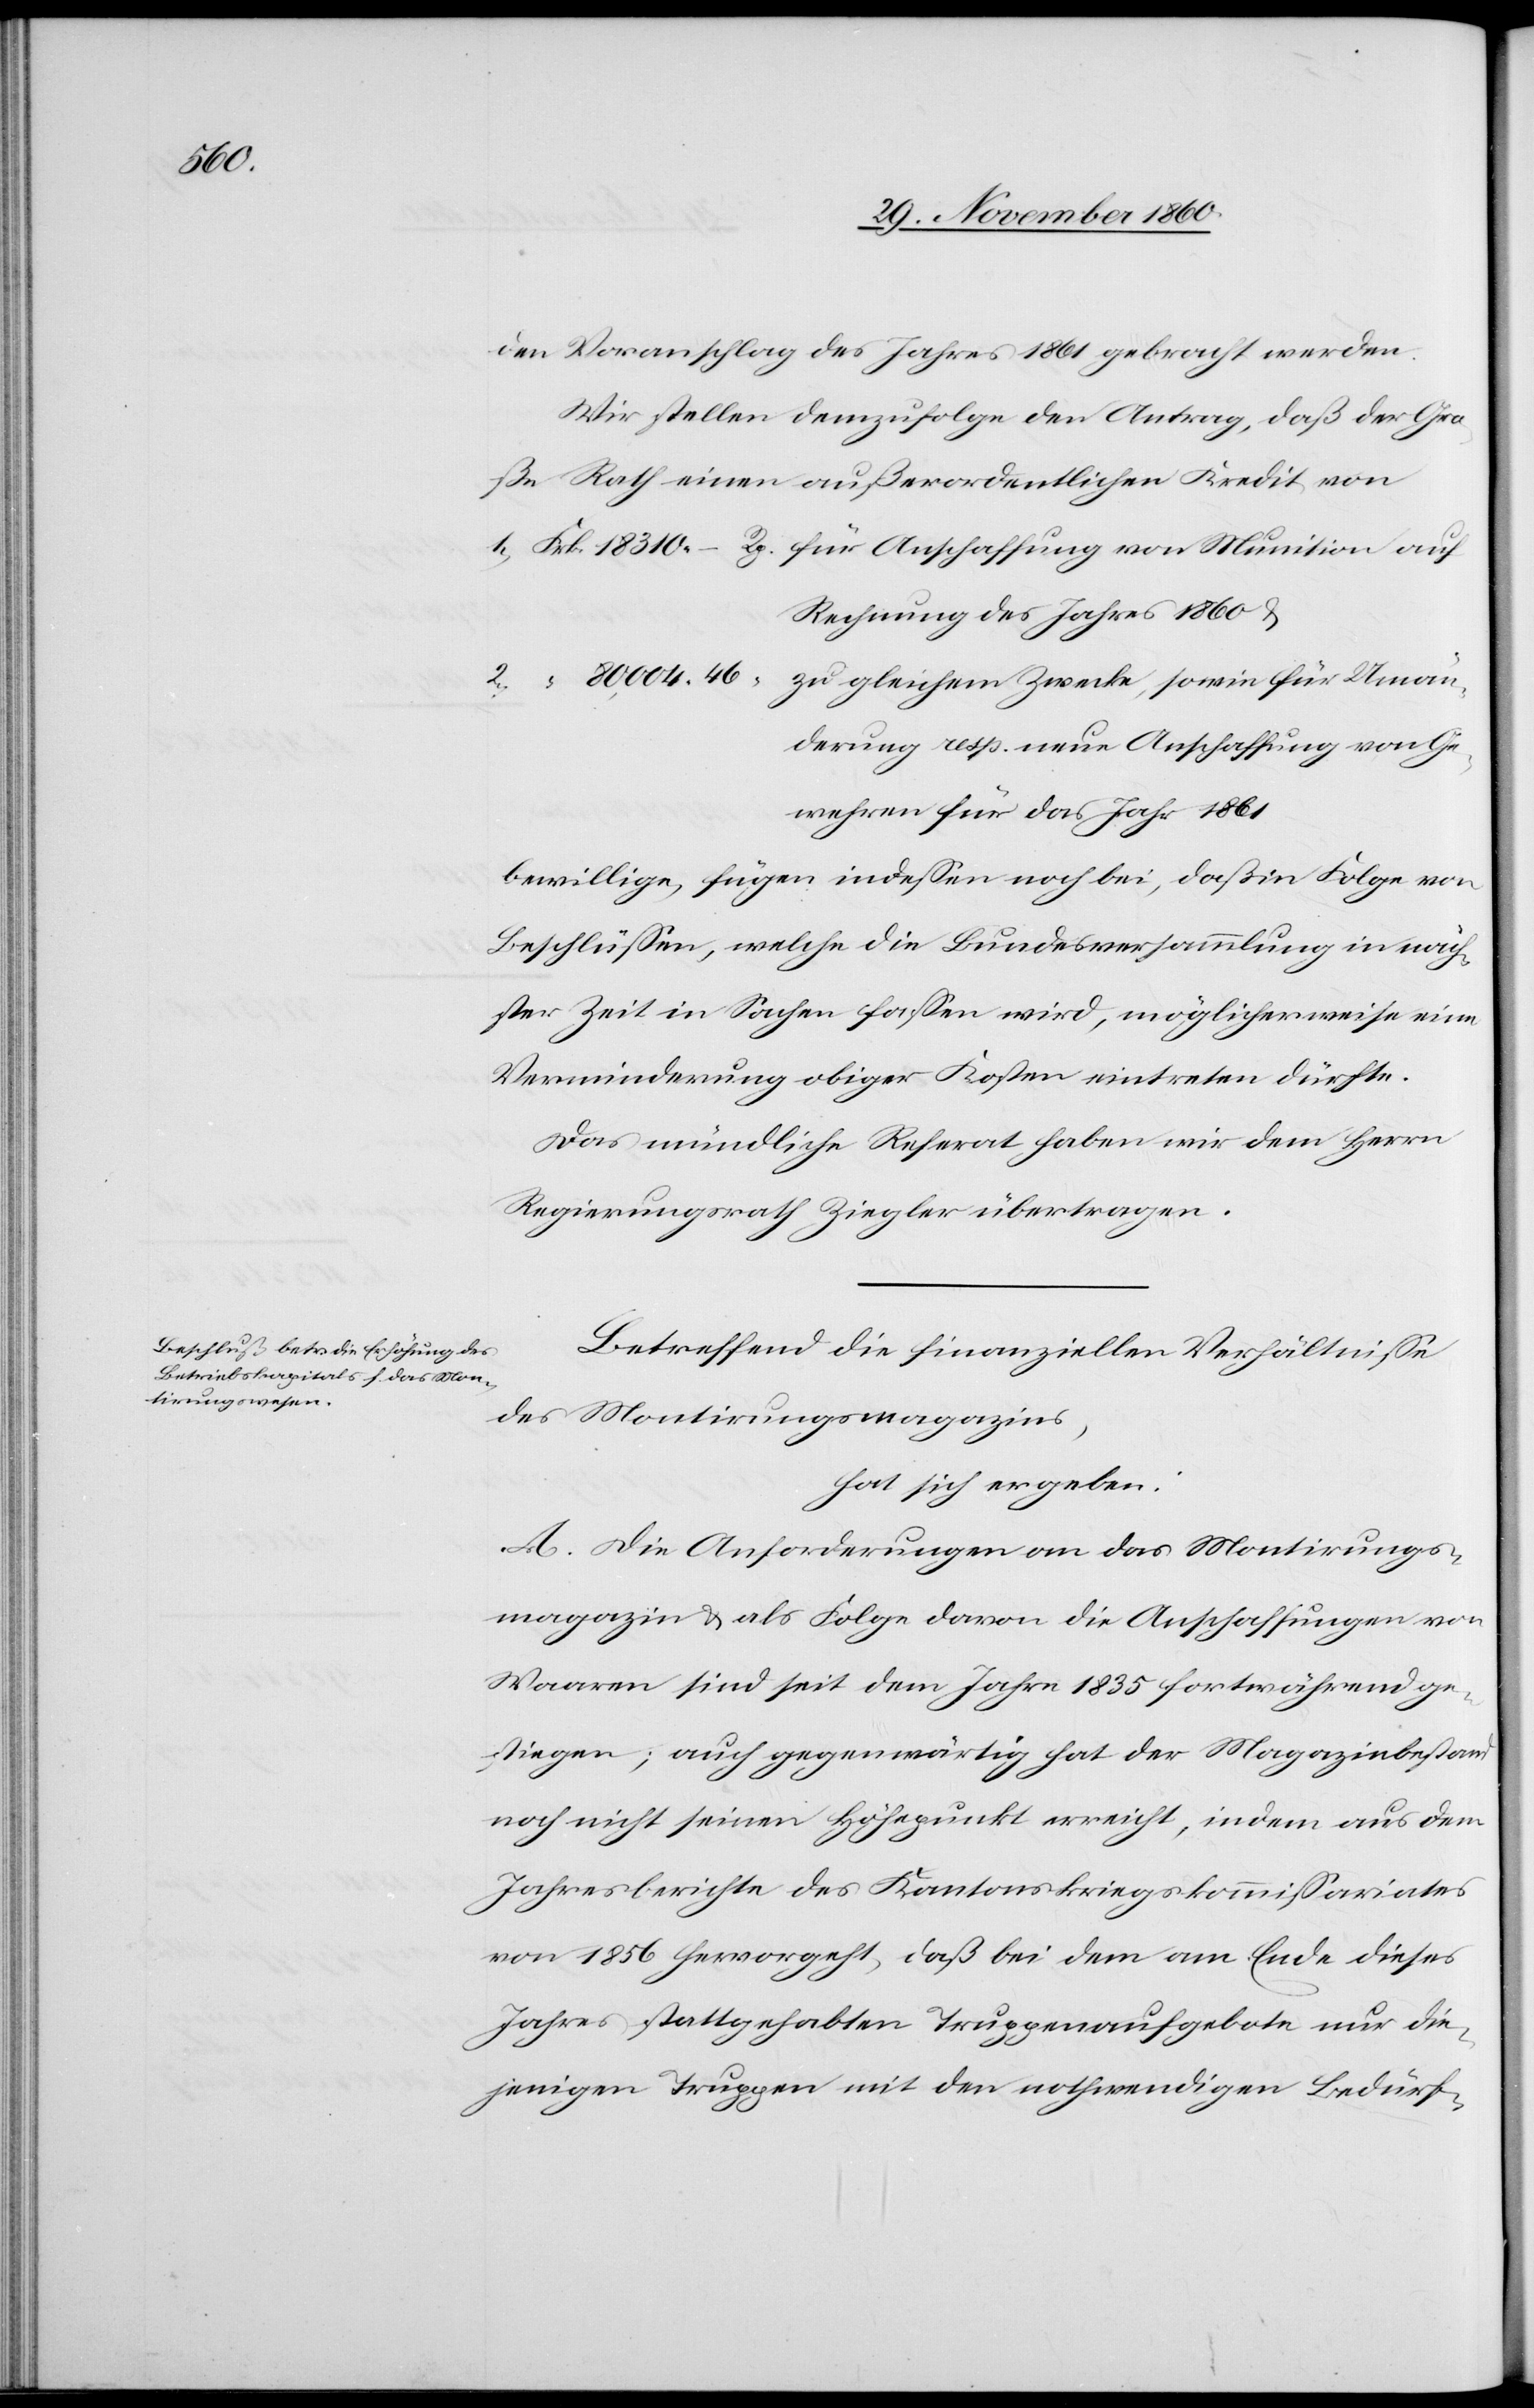
Umän¬

den Voranschlag des Jahres 1861 gebracht werde.
Wir stellen demzufolge den Antrag, daß der Gro¬
ße Rath einen außerordentlichen Kredit von
Rechnung des Jahres 1860 u.
derung resp. neue Anschaffung von Ge¬
wehren für das Jahr 1861
bewillige, fügen indessen noch bei, daß in Folge von
Beschlüssen, welche die Bundesversammlung in näch¬
ster Zeit in Sachen fassen wird, möglicherweise eine
Verminderung obiger Kosten eintreten dürfte.
Das mündliche Referat haben wir dem Herrn
Regierungsrath Ziegler übertragen.
Betreffend die finanziellen Verhältnisse
des Montirungsmagazins,
hat sich ergeben:
A. Die Anforderungen an das Montirungs¬
magazin u. als Folge davon die Anschaffungen von
Waaren sind seit dem Jahre 1835 fortwährend ge¬
stiegen; auch gegenwärtig hat der Magazinbestand
noch nicht seinen Höhepunkt erreicht, indem aus dem
Jahresberichte des Kantonskriegskommissariates
von 1856 hervorgeht, daß bei dem am Ende dieses
Jahres stattgehabten Truppenaufgebote nur die¬
jenigen Truppen mit den nothwendigen Bedürf-